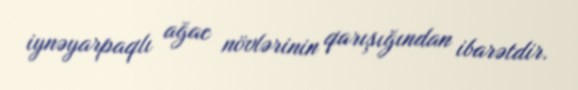
iynəyarpaqlı ağac növlərinin qarışığından ibarətdir.